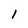
Character: 1